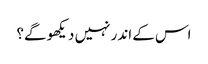
اس کے اندر نہیں دیکھو گے؟